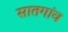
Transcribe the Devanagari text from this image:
सातगांव